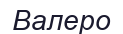
Валеро